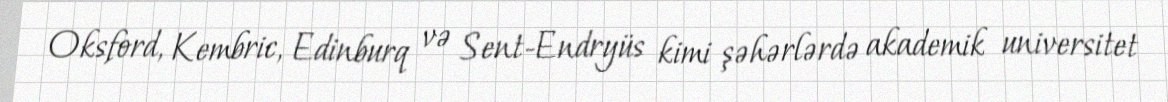
Oksford, Kembric, Edinburq və Sent-Endryüs kimi şəhərlərdə akademik universitet